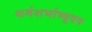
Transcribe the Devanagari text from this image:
धर्मशर्भाभ्युदय